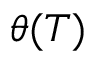
\theta ( T )